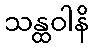
သန္ထဝါနိ